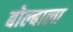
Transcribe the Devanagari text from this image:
बोल्बाला